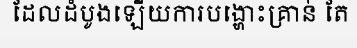
ដែលដំបូងឡើយការបង្ហោះគ្រាន់ តែ